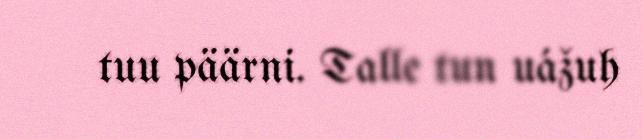
tuu päärni. Talle tun uážuh